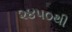
૨૪૫૦થી